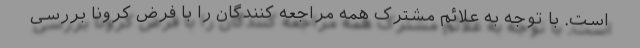
است. با توجه به علائم مشترک همه مراجعه کنندگان را با فرض کرونا بررسی